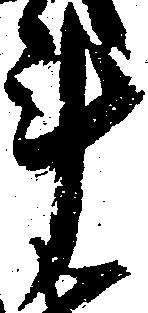
斗